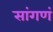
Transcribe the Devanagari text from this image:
सांगणं